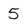
Character: 5